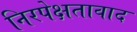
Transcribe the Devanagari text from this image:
निरपेक्षतावाद